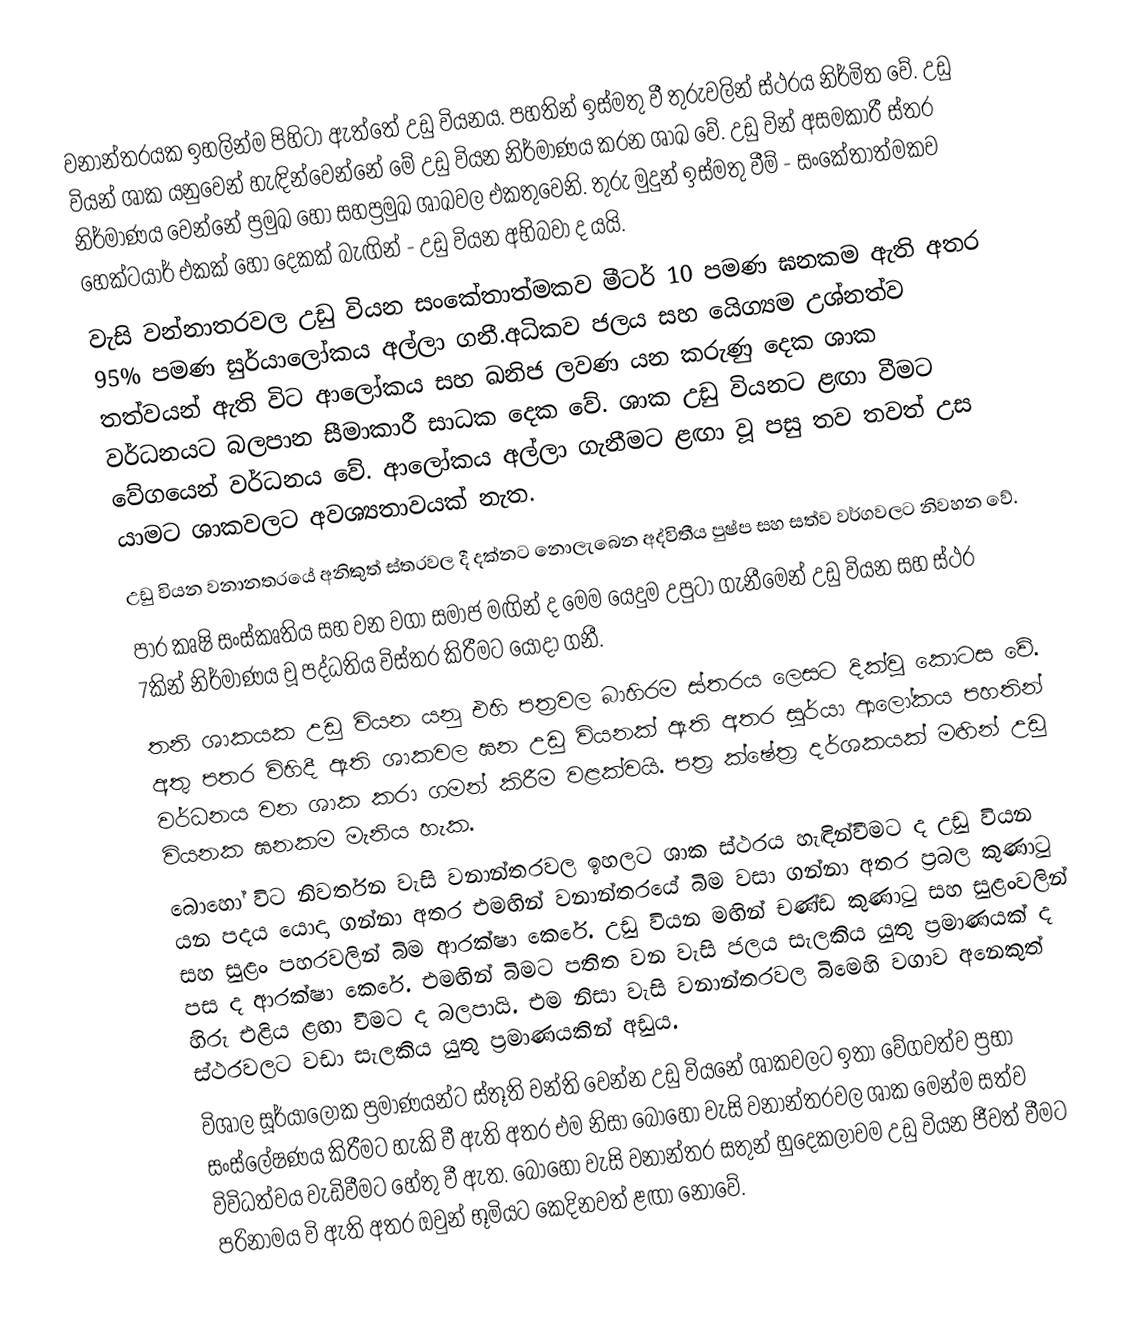
වනාන්තරයක ඉහලින්ම පිහිටා ඇත්තේ උඩු වියනය. පහතින් ඉස්මතු වී තුරුවලින් ස්ථරය නිර්මිත වේ. උඩු වියන් ශාක යනුවෙන් හැඳින්වෙන්නේ මේ උඩු වියන නිර්මාණය කරන ශාඛ වේ. උඩු වින් අසමකාරී ස්තර නිර්මාණය වෙන්නේ ප්‍රමුඛ හෝ සහප්‍රමුඛ ශාඛවල එකතුවෙනි. තුරු මුදුන් ඉස්මතු වීම් - සංකේතාත්මකව හෙක්ටයාර් එකක් හෝ දෙකක් බැඟින් - උඩු වියන අභිබවා ද යයි.
වැසි වන්නාතරවල උඩු වියන සංකේතාත්මකව මීටර් 10 පමණ ඝනකම ඇති අතර 95% පමණ සුර්යාලෝකය අල්ලා ගනී.අධිකව ජලය සහ යෙිග්‍යම උශ්නත්ව තත්වයන් ඇති විට ආලෝකය සහ  ඛනිජ ලවණ යන කරුණු දෙක ශාක වර්ධනයට බලපාන සීමාකාරී සාධක දෙක වේ. ශාක උඩු වියනට ළඟා වීමට වේගයෙන් වර්ධනය වේ. ආලෝකය අල්ලා ගැනීමට ළඟා වූ පසු තව තවත් උස යාමට ශාකවලට අවශ්‍යතාවයක් නැත.
උඩු වියන වනානතරයේ අනිකුත් ස්තරවල දී දක්නට නොලැබෙන අද්විතීය පුෂ්ප සහ සත්ව වර්ගවලට නිවහන වේ.
පාර කෘෂි සංස්කෘතිය සහ වන වගා සමාජ මඟින් ද මෙම යෙදුම උපුටා ගැනීමෙන් උඩු වියන සහ ස්ථර 7කින් නිර්මාණය වූ පද්ධතිය විස්තර කිරීමට යොදා ගනී.
තනි ශාකයක උඩු වියන යනු එහි පත්‍රවල බාහිරම ස්තරය ලෙසට දික්වූ කොටස වේ. අතු පතර විහිදී ඇති ශාකවල ඝන උඩු වියනක් ඇති අතර සූර්යා ආලෝකය පහතින් වර්ධනය වන ශාක කරා ගමන් කිරීම වළක්වයි. පත්‍ර ක්ෂේත්‍ර දර්ශකයක් මඟින් උඩු වියනක ඝනකම මැනිය හැක.
බොහෝ විට නිවර්තන වැසි වනාන්තරවල ඉහලට ශාක ස්ථරය හැඳින්වීමට ද උඩු වියන යන පදය යොදා ගන්නා අතර එමඟින් වනාන්තරයේ බිම වසා ගන්නා අතර ප්‍රබල කුණාටු සහ සුළං පහරවලින් බිම ආරක්ෂා කෙරේ. උඩු වියන මඟින් චණ්ඩ කුණාටු සහ සුළංවලින් පස ද ආරක්ෂා කෙරේ. එමඟින් බිමට පතිත වන වැසි ජලය සැලකිය යුතු ප්‍රමාණයක් ද හිරු එළිය ළඟා වීමට ද බලපායි. එම නිසා වැසි වනාන්තරවල බිමෙහි වගාව අනෙකුත් ස්ථරවලට වඩා සැලකිය යුතු ප්‍රමාණයකින් අඩුය.
විශාල සූර්යාලෝක ප්‍රමාණයන්ට ස්තූති වන්ති වෙන්න උඩු වියනේ ශාකවලට ඉතා වේගවත්ව ප්‍රභා සංස්ලේෂණය කිරීමට හැකි වී ඇති අතර එම නිසා බොහෝ වැසි වනාන්තරවල ශාක මෙන්ම සත්ව විවිධත්වය වැඩිවීමට හේතු වී ඇත. බොහෝ වැසි වනාන්තර සතුන් හුදෙකලාවම උඩු වියන ජීවත් වීමට පරිනාමය වි ඇති අතර ඔවුන් භූමියට කෙදිනවත් ළඟා නොවේ.